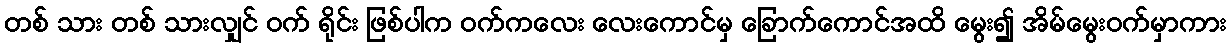
တစ် သား တစ် သားလျှင် ဝက် ရိုင်း ဖြစ်ပါက ဝက်ကလေး လေးကောင်မှ ခြောက်ကောင်အထိ မွေး၍ အိမ်မွေးဝက်မှာကား